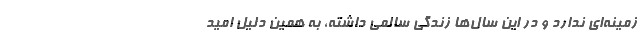
زمینه‌ای ندارد و در این سال‌ها زندگی سالمی داشته، به همین دلیل امید